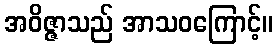
အဝိဇ္ဇာသည် အာသဝကြောင့်။